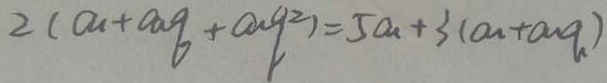
2 ( a _ { 1 } + a _ { a } q + a _ { 2 } g ^ { 2 } ) = 5 a _ { a } + 3 ( a _ { 1 } + a _ { q } )